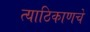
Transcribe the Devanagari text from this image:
त्याठिकाणचे